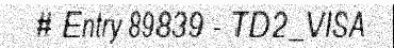
# Entry 89839 - TD2_VISA